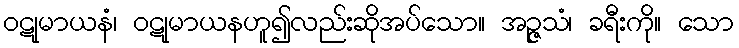
ဝဋုမာယနံ၊ ဝဋုမာယနဟူ၍လည်းဆိုအပ်သော။ အဉ္ဇသံ၊ ခရီးကို။ သော